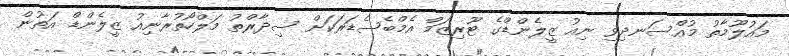
މައުލޫމާތު މުއްސަނދިވި ނިއު ޒީލެންޑްގެ ޓޫރިޒަމް އެމްބެސެޑަރަކަށް ސިދާރްތު މަލްހޯތުރާނިއު ޒީލެންޑް އަތުން